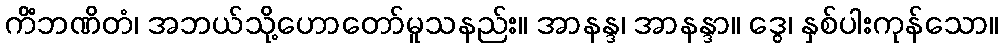
ကိံဘဏိတံ၊ အဘယ်သို့ဟောတော်မူသနည်း။ အာနန္ဒ၊ အာနန္ဒာ။ ဒွေ၊ နှစ်ပါးကုန်သော။